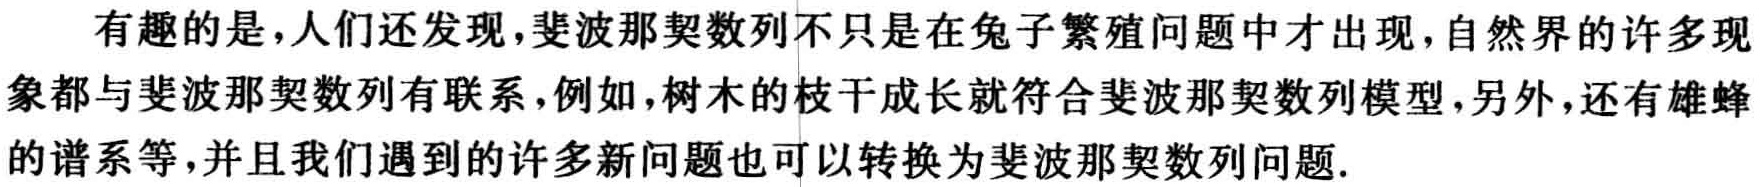
有趣的是，人们还发现，斐波那契数列不只是在兔子繁殖问题中才出现，自然界的许多现象都与斐波那契数列有联系，例如，树木的枝干成长就符合斐波那契数列模型，另外，还有雄蜂的谱系等，并且我们遇到的许多新问题也可以转换为斐波那契数列问题.